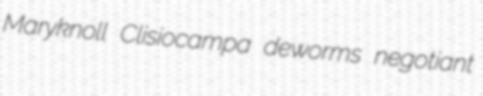
Maryknoll Clisiocampa deworms negotiant